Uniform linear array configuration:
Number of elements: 24
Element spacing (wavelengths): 0.5
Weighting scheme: blackman
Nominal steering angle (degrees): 15
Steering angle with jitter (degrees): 13.72
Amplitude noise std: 0.05
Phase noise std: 0.05

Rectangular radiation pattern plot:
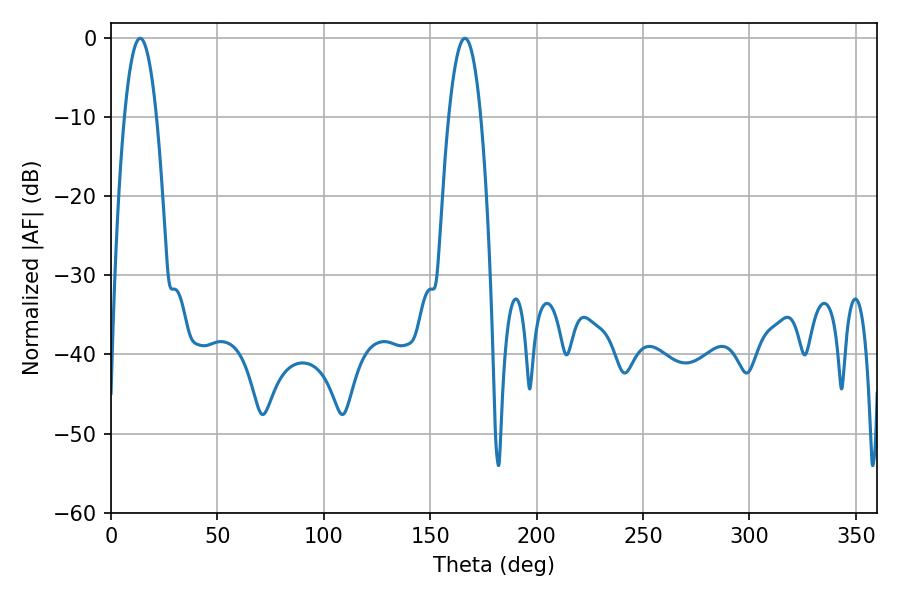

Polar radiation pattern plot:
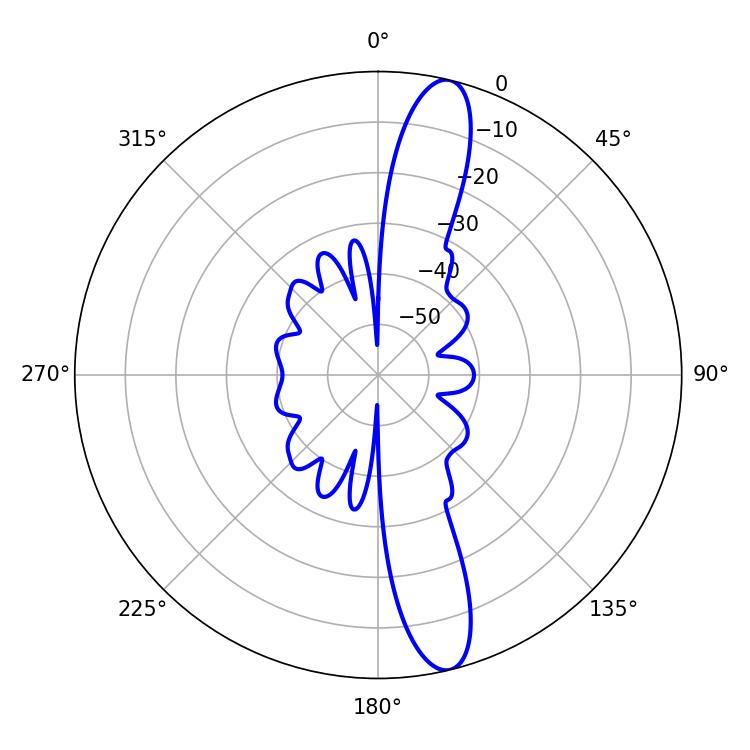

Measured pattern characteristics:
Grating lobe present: FALSE
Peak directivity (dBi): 14.323
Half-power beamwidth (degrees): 8.28
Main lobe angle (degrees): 13.68